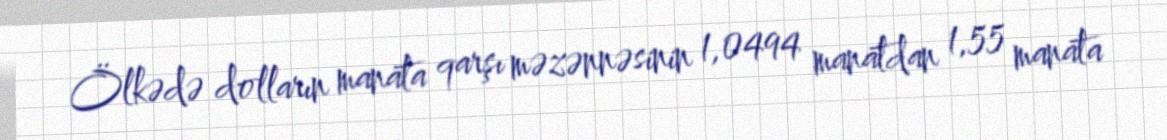
Ölkədə dolların manata qarşı məzənnəsinin 1,0494 manatdan 1,55 manata